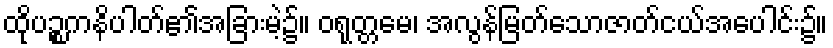
ထိုပဉ္စကနိပါတ်၏အခြားမဲ့၌။ ဝရုတ္တမေ၊ အလွန်မြတ်သောဇာတ်ငယ်အပေါင်း၌။